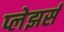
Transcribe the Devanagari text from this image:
प्लेझर्स